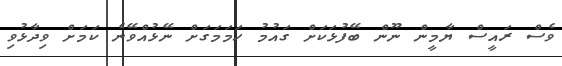
ވެސް ރައީސް ޔާމީން ނޫން ބޭފުޅަކަށް ގައުމު ހަމަމަގަށް ނޭޅުއްވޭނެ ކަމަށް ވިދާޅުވި